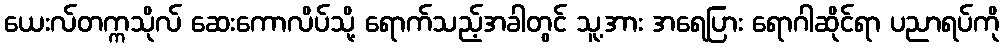
ယေးလ်တက္ကသိုလ် ဆေးကောလိပ်သို့ ရောက်သည့်အခါတွင် သူ့အား အရေပြား ရောဂါဆိုင်ရာ ပညာရပ်ကို